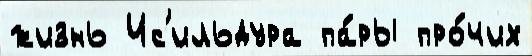
жизнь Ис'ильдура па́ры про́чих